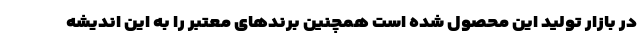
در بازار تولید این محصول شده است همچنین برندهای معتبر را به این اندیشه